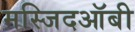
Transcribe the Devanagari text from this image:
मस्जिदऑबी